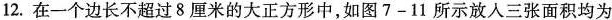
12.在一个边长不超过8厘米的大正方形中，如图7-11所示放入三张面积均为